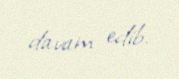
davam edib.